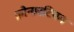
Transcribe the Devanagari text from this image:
क्रोनारटियम